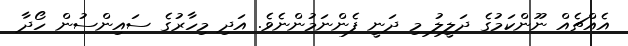
އެއްޗެއް ނޫންކަމުގެ ދަލީލު މި ދަނީ ފެންނަމުންނެވެ. އަދި މިހާރުގެ ސައިންސުން ހޯދާ